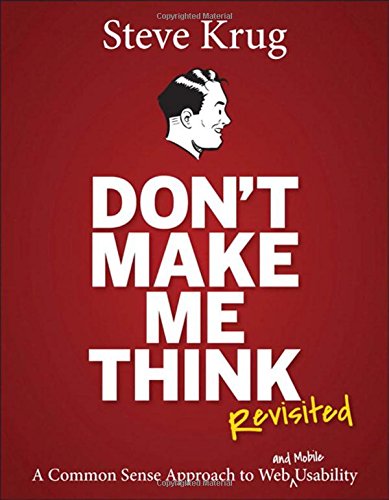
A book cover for Don't Make Me Think, Revisited: A Common Sense Approach to Web Usability (3rd Edition) (Voices That Matter); Steve Krug; Computers & Technology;